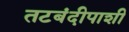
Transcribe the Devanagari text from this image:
तटबंदीपाशी